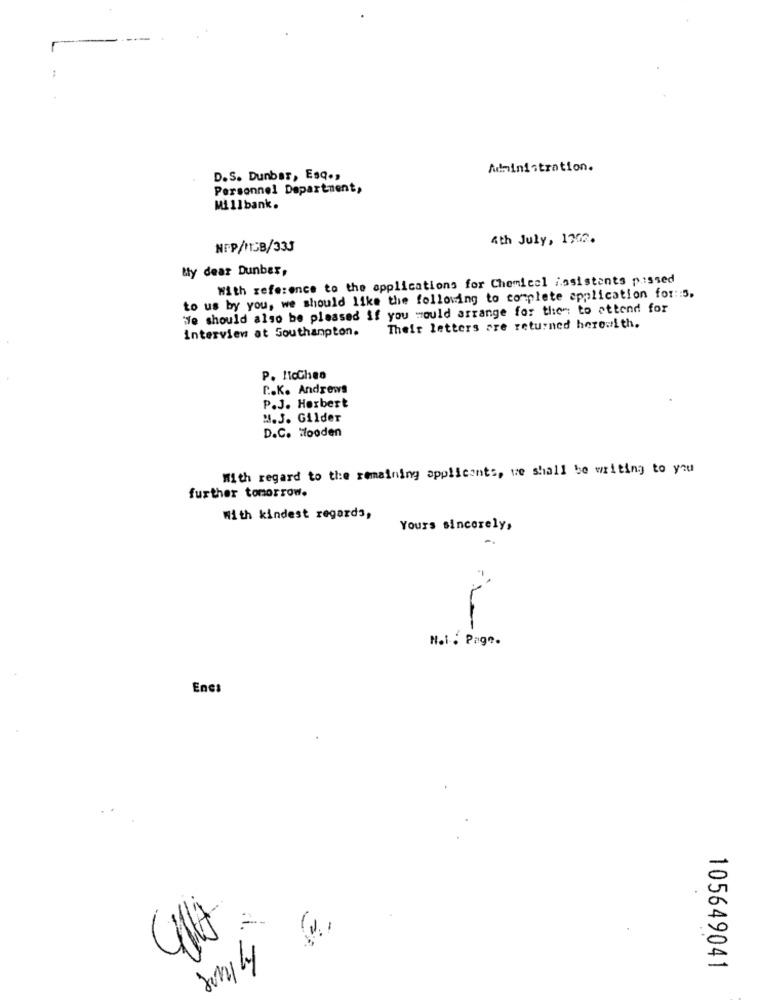
Administration.
D.S. Dunbar, Esq .,
Personnel Department,
Millbank.
4th July, 1702.
NFP/HSB/333
My dear Dunbar,
With reference to the applications for Chemical issistants p .: ssed
to us by you, we should like the following to complete application for :: 5.
ife should also be pleased if you would arrange for them to attend for
Their letters are returned herewith.
intervien at Southampton.
P. licCheo
C .. K. Andrews
P.J. Herbert
M.J. Gilder
D.C. tooden
With regard to the remaining applicants, we shall be writing to you
further tomorrow.
With kindest regards,
Yours sincerely,
=
N.l . Page.
Encs
3
Imply
105649041